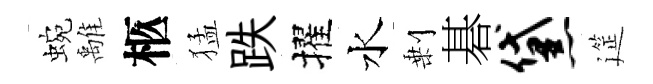
蜿𩀌柩猛跌擢水剰碁黛筵